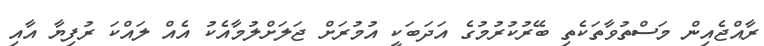
ރާއްޖެއިން މަސްތުވާތަކެތި ބޭރުކުރުމުގެ އަދަބަކީ އުމުރަށް ޖަލަށްލުމާއެކު އެއް ލައްކަ ރުފިޔާ އާއި